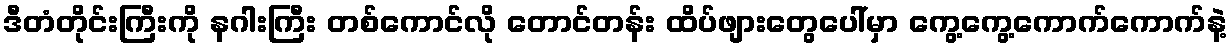
ဒီတံတိုင်းကြီးကို နဂါးကြီး တစ်ကောင်လို တောင်တန်း ထိပ်ဖျားတွေပေါ်မှာ ကွေ့ကွေ့ကောက်ကောက်နဲ့